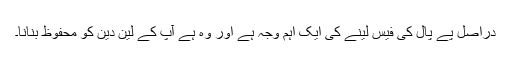
دراصل پے پال کی فیس لینے کی ایک اہم وجہ ہے اور وہ ہے آپ کے لین دین کو محفوظ بنانا۔